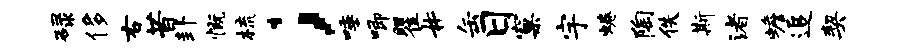
碌侈右昔卦慨梳；唾唧瞿#缶日窠宇蜷陶佚斯渚蟾追契